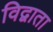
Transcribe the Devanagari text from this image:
विद्वाता